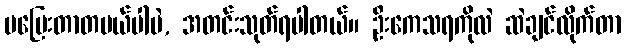
မပြေးတာတမယ်ပါပဲ, အတင်းသုတ်ရပါတယ်။ ဦးကေသရကိုလဲ ဆဲချင်လိုက်တာ